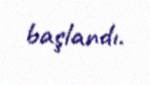
başlandı.